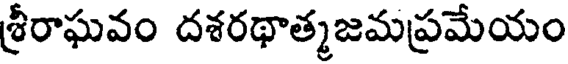
శ్రీరాఘవం దశరథాత్మజమప్రమేయం